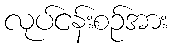
လုပ်ငန်းစဉ်အား